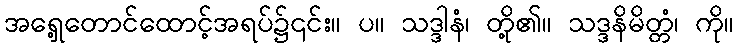
အရှေ့တောင်ထောင့်အရပ်၌၎င်း။ ပ။ သဒ္ဒါနံ၊ တို့၏။ သဒ္ဒနိမိတ္တံ၊ ကို။